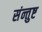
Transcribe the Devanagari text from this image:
संन्तुष्ट